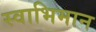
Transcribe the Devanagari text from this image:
स्‍वाभिमान